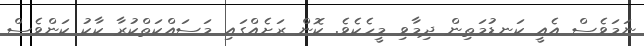
ނަމަވެސް އެއީ ކަނޑުމަތިން ދިމާވި މީހެކެވެ. ކޮން ރަށެއްގައި މަސައްކަތްކުރާ ކާކު ކަންވެސް